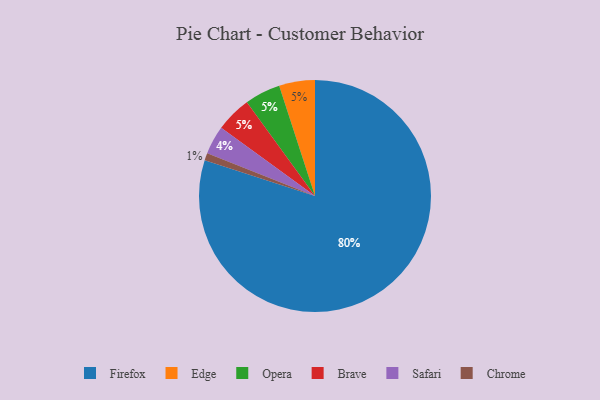
{"axis": {"x": "Category", "y": "Percentage"}, "legend": ["Brave", "Chrome", "Edge", "Firefox", "Opera", "Safari"], "data": [{"x": "Edge", "y": 5, "type": "Edge"}, {"x": "Chrome", "y": 1, "type": "Chrome"}, {"x": "Opera", "y": 5, "type": "Opera"}, {"x": "Brave", "y": 5, "type": "Brave"}, {"x": "Safari", "y": 4, "type": "Safari"}, {"x": "Firefox", "y": 80, "type": "Firefox"}]}